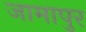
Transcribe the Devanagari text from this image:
जामापुर